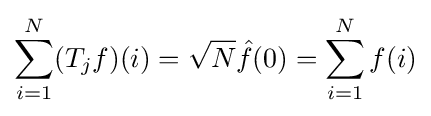
\sum _{i=1}^{N}(T_{j}f)(i)={\sqrt {N}}{\hat {f}}(0)=\sum _{i=1}^{N}f(i)